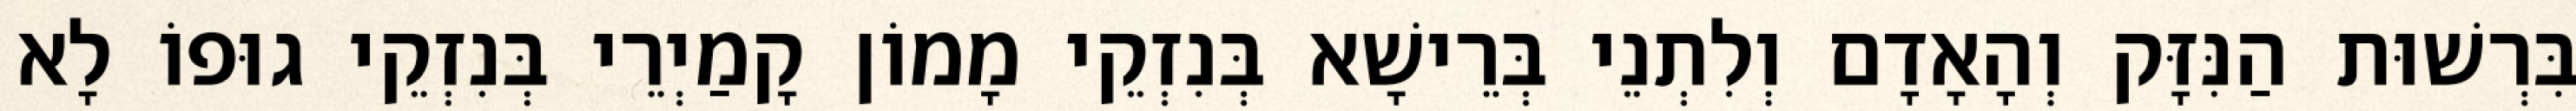
בִּרְשׁוּת הַנִּזָּק וְהָאָדָם וְלִתְנֵי בְּרֵישָׁא בְּנִזְקֵי מָמוֹן קָמַיְרֵי בְּנִזְקֵי גוּפוֹ לָא